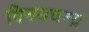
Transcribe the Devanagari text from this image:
विनयचन्द्र